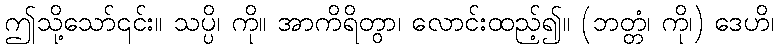
ဤသို့သော်၎င်း။ သပ္ပိ၊ ကို။ အာကိရိတွာ၊ လောင်းထည့်၍။ (ဘတ္တံ၊ ကို၊) ဒေဟိ၊